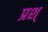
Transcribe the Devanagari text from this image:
प्रश्